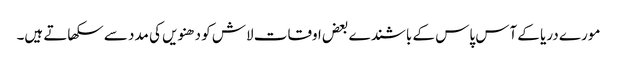
مورے دریا کے آس پاس کے باشندے بعض اوقات لاش کو دھنویں کی مدد سے سکھاتے ہیں۔